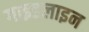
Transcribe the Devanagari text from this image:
गाइडलाइन